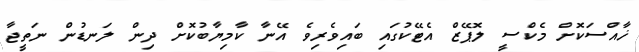
ޚާއްސަކޮށް މެކްސީ ލޮޕޭޒް އެޓޭކުގައި ބައިވެރިވެ އޭނާ ކާމިޔާބުކޮށް ދިން ލަނޑުން ނަތީޖާ